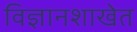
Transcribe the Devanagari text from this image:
विज्ञानशाखेत